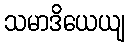
သမာဒိယေယျ